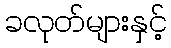
ခလုတ်များနှင့်